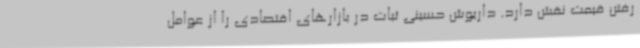
رفتن قیمت نقش دارد. داریوش حسینی ثبات در بازارهای اقتصادی را از عوامل